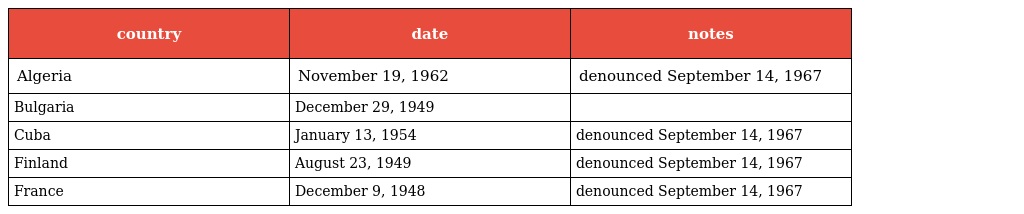
| country | date | notes |
 | --- | --- | --- |
 | Algeria | November 19, 1962 | denounced September 14, 1967 |
 | Bulgaria | December 29, 1949 |  |
 | Cuba | January 13, 1954 | denounced September 14, 1967 |
 | Finland | August 23, 1949 | denounced September 14, 1967 |
 | France | December 9, 1948 | denounced September 14, 1967 |